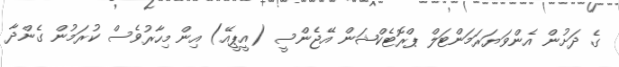
ގެ ދަށުން އެންވަޔަރަމަންޓަލް ޕްރޮޓެކްޝަން އޭޖެންސީ (އީޕީއޭ) އިން މިހާރުވެސް ކުރަމުން ގެންދާ